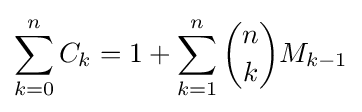
\sum _{k=0}^{n}C_{k}=1+\sum _{k=1}^{n}{\binom {n}{k}}M_{k-1}